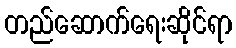
တည်ဆောက်ရေးဆိုင်ရာ